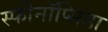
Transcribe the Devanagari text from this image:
स्फीनॉप्सिडा